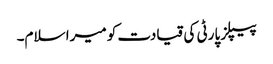
پیپلز پارٹی کی قیادت کو میرا سلام۔